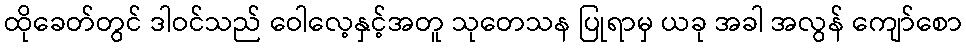
ထိုခေတ်တွင် ဒါဝင်သည် ဝေါလေ့နှင့်အတူ သုတေသန ပြုရာမှ ယခု အခါ အလွန် ကျော်စော